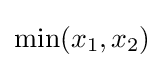
\min(x_{1},x_{2})